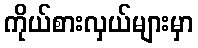
ကိုယ်စားလှယ်များမှာ